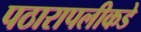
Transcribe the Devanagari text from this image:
पठारापलीकडे